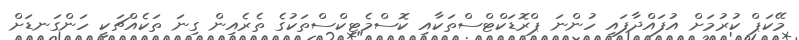
މޭކަޕް ކުރުމަށް އުފައްދާފައި ހުންނަ ޕްރޮޑަކްޓްސްތަކާއި ކޮސްމެޓިކްސްތަކުގެ ތެރެއިން ގިނަ ތަކެއްޗަކީ ހަންގަނޑަށް